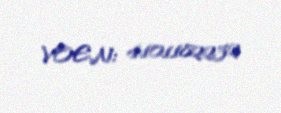
VOEN: 4101182232